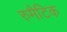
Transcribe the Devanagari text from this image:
रुमैटिक